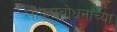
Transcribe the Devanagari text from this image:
लोकप्रबोधनाच्या